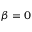
\beta = 0